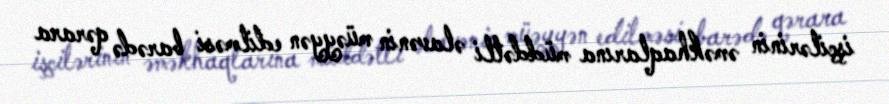
işçilərinin əməkhaqlarına müddətli əlavənin müəyyən edilməsi barədə qərara